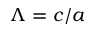
\Lambda = c / a